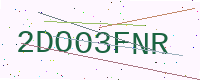
Text: 2DOO3FNR